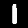
Label: 1